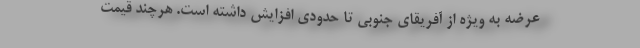
عرضه به ویژه از آفریقای جنوبی تا حدودی افزایش داشته است. هرچند قیمت